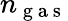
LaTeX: n_{\mathrm{~g~a~s~}}